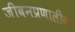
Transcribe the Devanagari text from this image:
जीवनप्रणालींवर